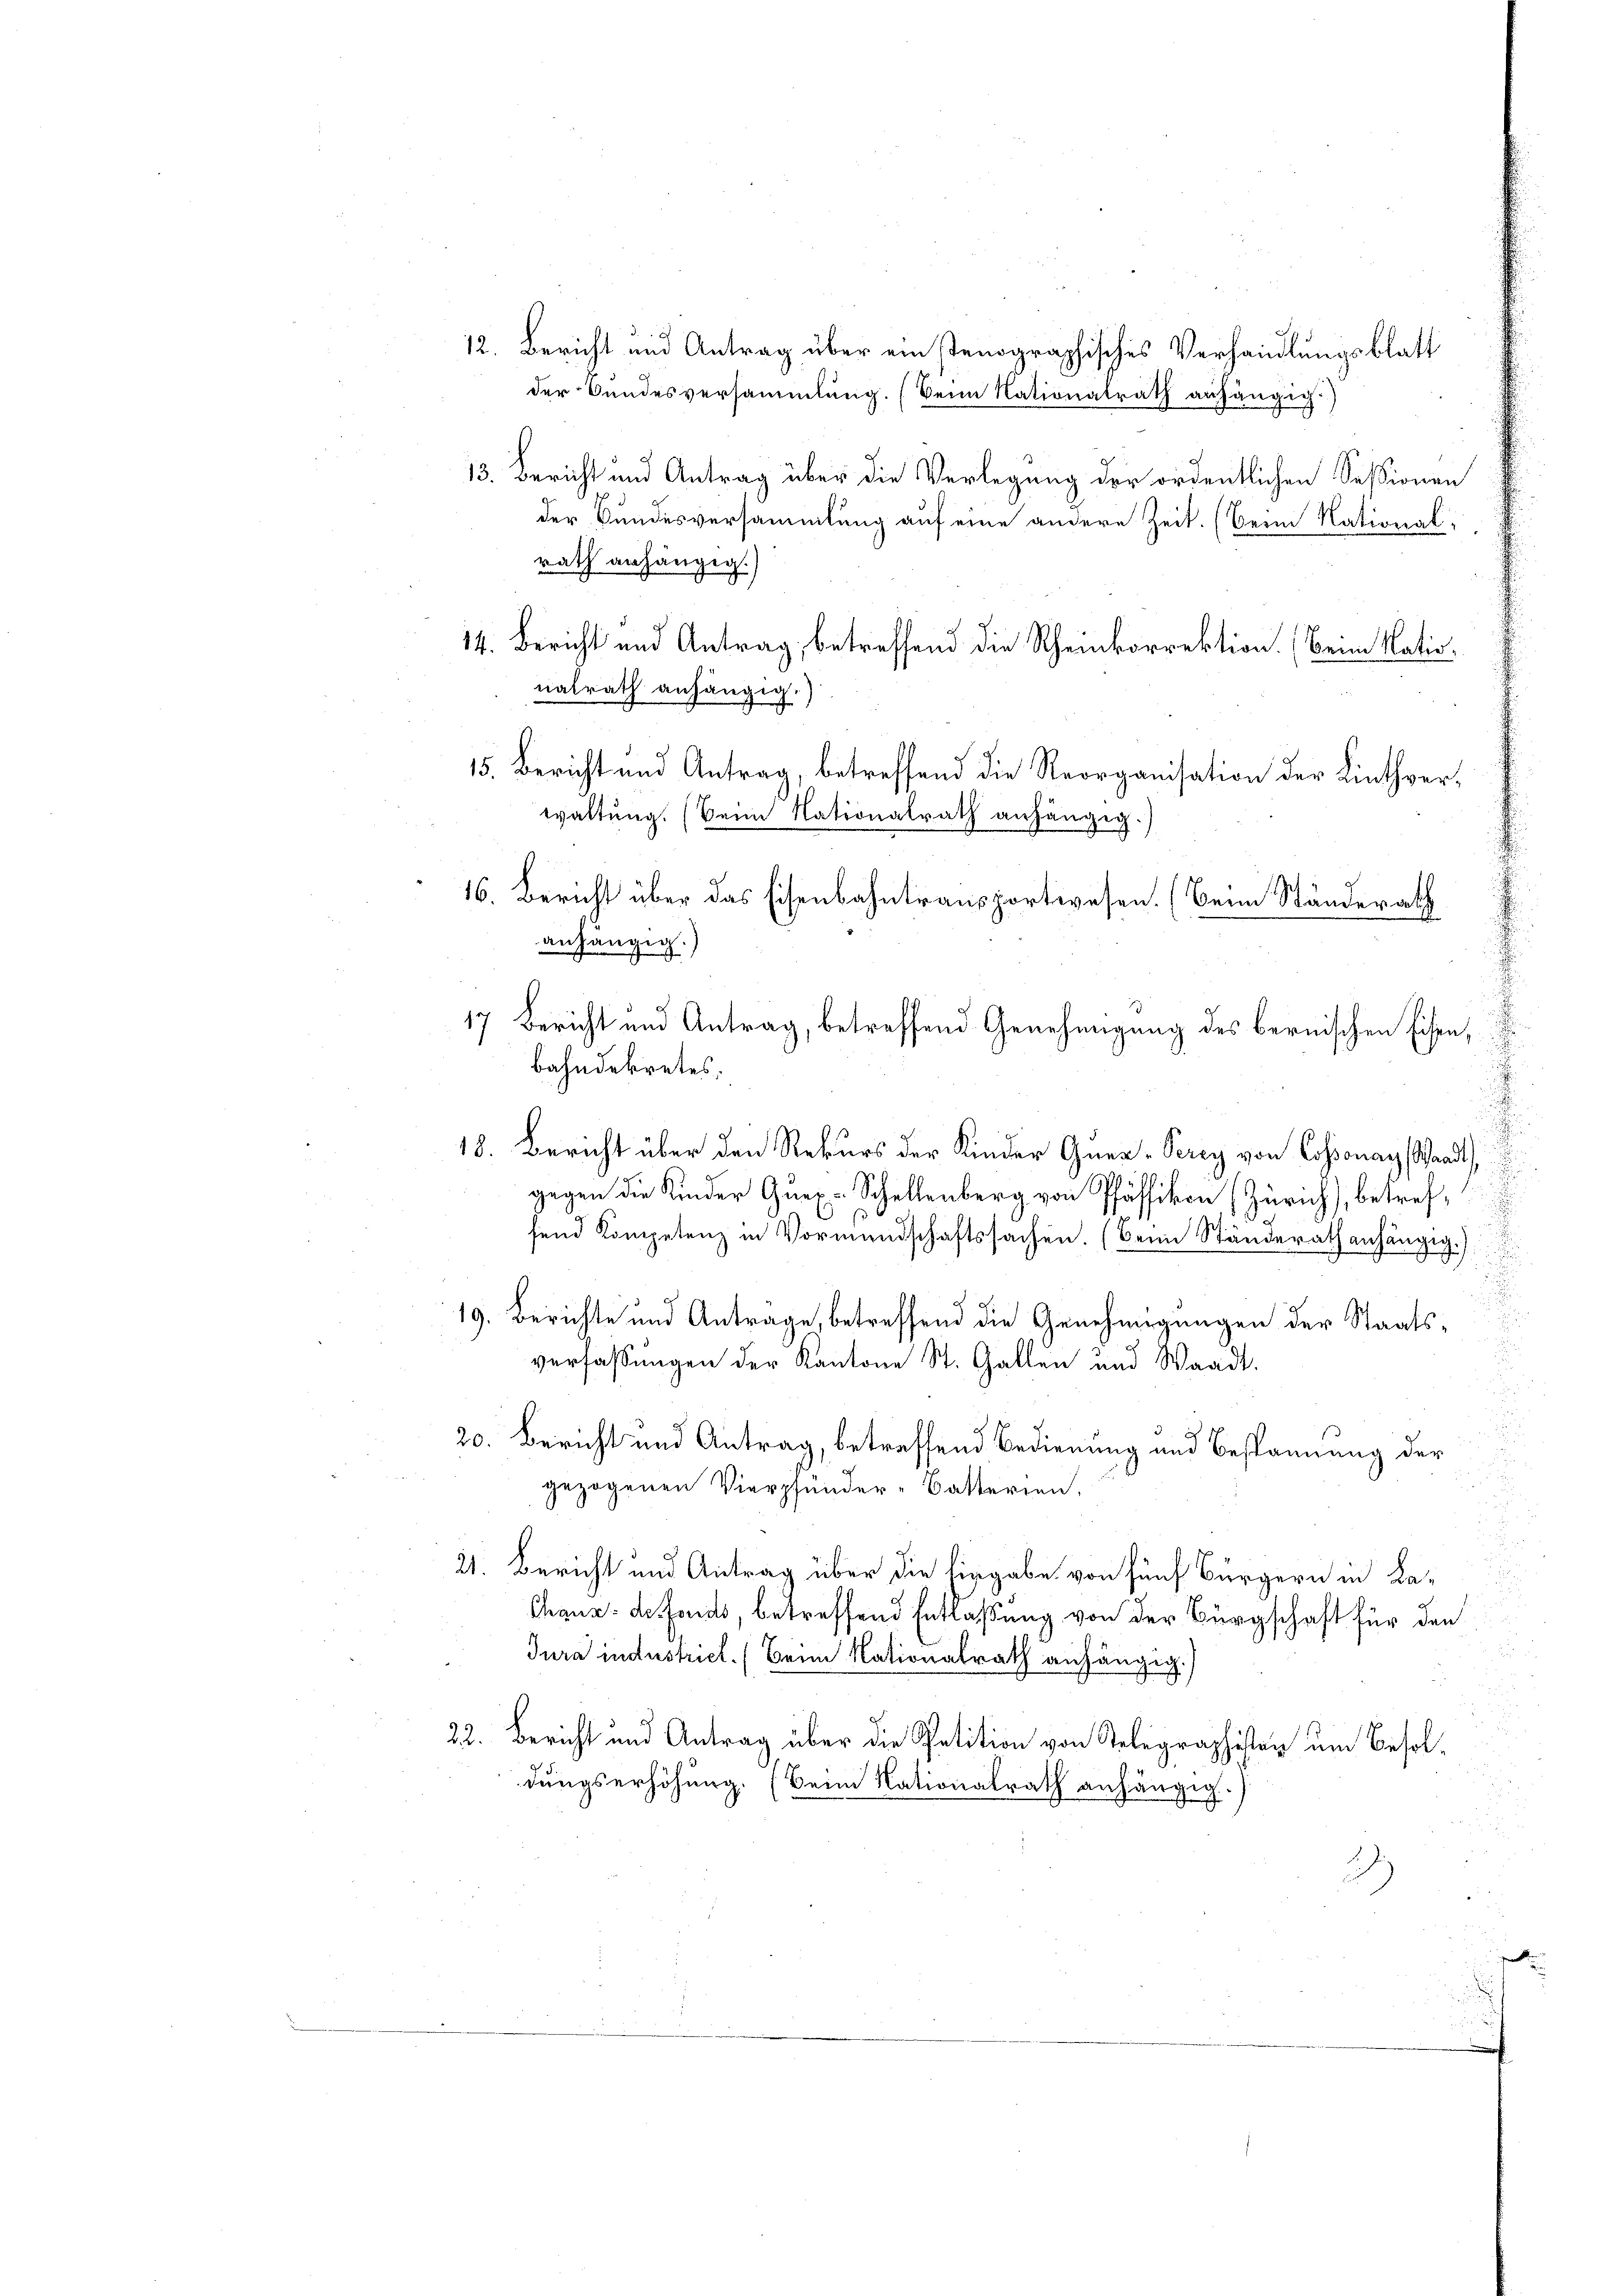
12. Bericht und Antrag über ein tenographisches Verhandlungsblatt
der Bundesversammlung. (Beim Nationalrath anhängig.)
13. Bericht und Antrag über die Verlegung der ordentlichen Sessionen
der Bundesversammlung auf eine andere Zeit. (Beim National-
rath anhängig.)
14. Bericht und Antrag, betreffend die Rheinkorrektion. (Beim Natio
nalrath anhängig.)
15. Bericht und Antrag, betreffend die Reorganisation der Linthverwaltung. (Beim Nationalrath anhängig.)
anhängig.)
bahndekretes.
J
18. Bericht über den Rekurs der Kinder Gnea-Perey von Cossonay, Waadt
gegen die Kinder Quex-Schellenberg von Pfäffikon (Zürich), betreffend Kompetenz in Vormundschaftssachen. (Beim Ständerath anhängig.)
19. Berichte und Antrage, betreffend die Genehmigungen der Staatsverfassungen der Kantone St. Gallen und Waadt.
20. Bericht und Antrag, betreffend Bedienung und Bespannung der
gezogenen Vierpfänder-Batterien.
i
d
21. Bericht und Antrag über die hingabe von fünf Bürgern in Ka¬
Chaus de Fonds, betreffend Entlaßung von der Bürgschaft für den
Jura industrict. (Beim Nationalrath anhängig.)
22. Bericht und Antrag über die Petition von Stelegraphister um Besoldungserhöhung. (Beim Nationalrath anhängig.)

16. Bericht über das Eisenbahntransportwesen. (Beim Ständerath
17 Bericht und Antrag, betreffend Genehmigung des bernischen Eisen,

s